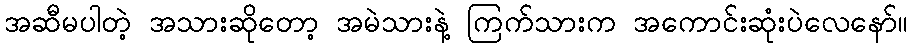
အဆီမပါတဲ့ အသားဆိုတော့ အမဲသားနဲ့ ကြက်သားက အကောင်းဆုံးပဲလေနော်။